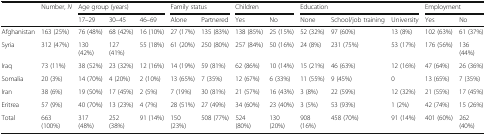
<table><thead><tr><td rowspan="2"></td><td rowspan="2"><b>Number, <i>N</i></b></td><td colspan="3"><b>Age group (years)</b></td><td colspan="2"><b>Family status</b></td><td colspan="2"><b>Children</b></td><td colspan="3"><b>Education</b></td><td colspan="2"><b>Employment</b></td></tr><tr><td><b>17–29</b></td><td><b>30–45</b></td><td><b>46–69</b></td><td><b>Alone</b></td><td><b>Partnered</b></td><td><b>Yes</b></td><td><b>No</b></td><td><b>None</b></td><td><b>School/job training</b></td><td><b>University</b></td><td><b>Yes</b></td><td><b>No</b></td></tr></thead><tbody><tr><td>Afghanistan</td><td>163 (25%)</td><td>76 (48%)</td><td>68 (42%)</td><td>16 (10%)</td><td>27 (17%)</td><td>135 (83%)</td><td>138 (85%)</td><td>25 (15%)</td><td>52 (32%)</td><td>97 (60%)</td><td>13 (8%)</td><td>102 (63%)</td><td>61 (37%)</td></tr><tr><td>Syria</td><td>312 (47%)</td><td>130 (42%)</td><td>127 (41%)</td><td>55 (18%)</td><td>61 (20%)</td><td>250 (80%)</td><td>257 (84%)</td><td>50 (16%)</td><td>24 (8%)</td><td>231 (75%)</td><td>53 (17%)</td><td>176 (56%)</td><td>136 (44%)</td></tr><tr><td>Iraq</td><td>73 (11%)</td><td>38 (52%)</td><td>23 (32%)</td><td>12 (16%)</td><td>14 (19%)</td><td>59 (81%)</td><td>62 (86%)</td><td>10 (14%)</td><td>15 (21%)</td><td>46 (63%)</td><td>12 (16%)</td><td>47 (64%)</td><td>26 (36%)</td></tr><tr><td>Somalia</td><td>20 (3%)</td><td>14 (70%)</td><td>4 (20%)</td><td>2 (10%)</td><td>13 (65%)</td><td>7 (35%)</td><td>12 (67%)</td><td>6 (33%)</td><td>11 (55%)</td><td>9 (45%)</td><td>0</td><td>13 (65%)</td><td>7 (35%)</td></tr><tr><td>Iran</td><td>38 (6%)</td><td>19 (50%)</td><td>17 (45%)</td><td>2 (5%)</td><td>7 (19%)</td><td>30 (81%)</td><td>21 (57%)</td><td>16 (43%)</td><td>3 (8%)</td><td>22 (59%)</td><td>12 (32%)</td><td>21 (55%)</td><td>17 (45%)</td></tr><tr><td>Eritrea</td><td>57 (9%)</td><td>40 (70%)</td><td>13 (23%)</td><td>4 (7%)</td><td>28 (51%)</td><td>27 (49%)</td><td>34 (60%)</td><td>23 (40%)</td><td>3 (5%)</td><td>53 (93%)</td><td>1 (2%)</td><td>42 (74%)</td><td>15 (26%)</td></tr><tr><td>Total</td><td>663 (100%)</td><td>317 (48%)</td><td>252 (38%)</td><td>91 (14%)</td><td>150 (23%)</td><td>508 (77%)</td><td>524 (80%)</td><td>130 (20%)</td><td>908 (16%)</td><td>458 (70%)</td><td>91 (14%)</td><td>401 (60%)</td><td>262 (40%)</td></tr></tbody></table>